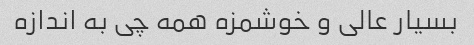
بسیار عالی و خوشمزه همه چی به اندازه